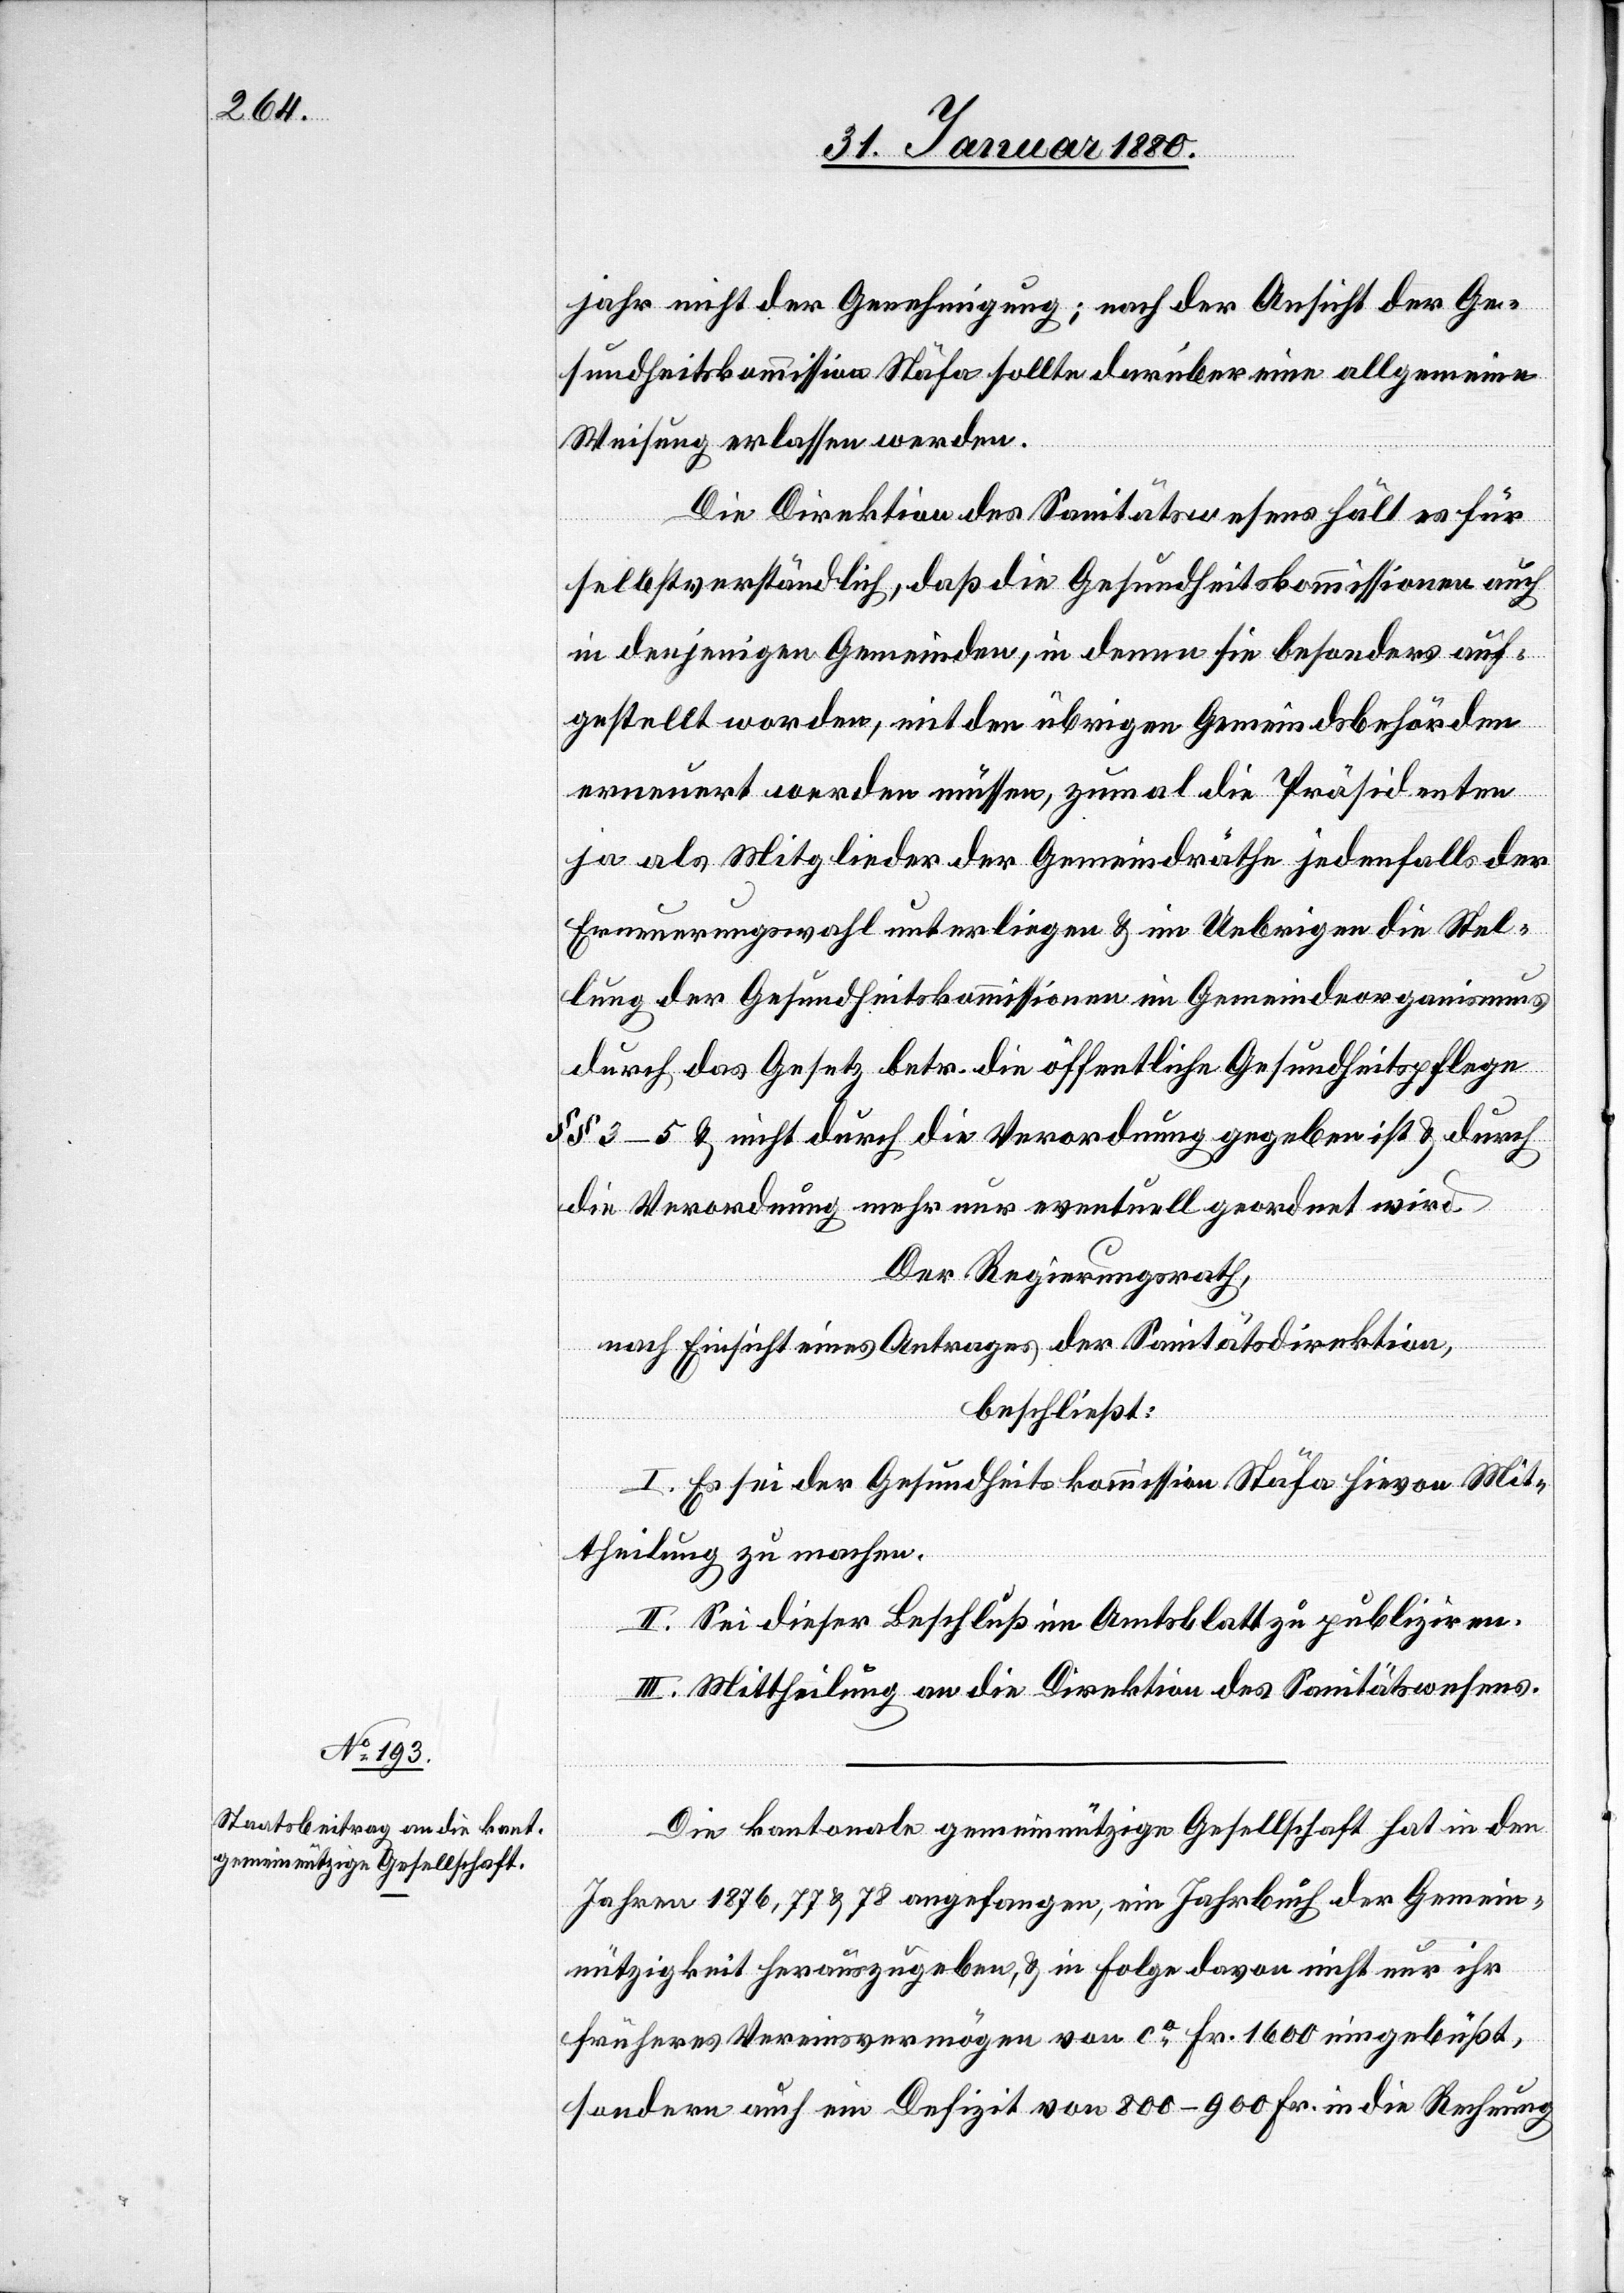
jahr nicht der Genehmigung; nach der Ansicht der Ge¬
sundheitskommission Stäfa sollte darüber eine allgemeine
Weisung erlassen werden.
Die Direktion des Sanitätswesens hält es für
selbstverständlich, daß die Gesundheitskommissionen auch
in denjenigen Gemeinden, in denen sie besonders auf¬
gestellt worden, mit den übrigen Gemeindsbehörden
erneuert werden müssen, zumal die Präsidenten
ja als Mitglieder der Gemeindräthe jedenfalls der
Erneuerungswahl unterliegen & im Uebrigen die Stel¬
lung der Gesundheitskommissionen im Gemeindeorganismus
durch das Gesetz betr. die öffentliche Gesundheitspflege
§§ 3–5 nicht durch die Verordnung gegeben ist & durch
die Verordnung mehr nur eventuell geordnet wird.
Der Regierungsrath,
nach Einsicht eines Antrages der Sanitätsdirektion,
beschließt:
I. Es sei der Gesundheitskommission Stäfa hievon Mit¬
theilung zu machen.
II. Sei dieser Beschluß im Amtsblatt zu publiziren.
III. Mittheilung an die Direktion des Sanitätswesens.
Die kantonale gemeinnützige Gesellschaft hat in den
Jahren 1876, 77 & 78 angefangen, ein Jahrbuch der Gemein¬
nützigkeit herauszugeben, & in Folge davon nicht nur ihr
früheres Vereinsvermögen von ca Fr. 1600 eingebüßt,
sondern auch ein Defizit von 800–900 Fr. in die Rechnung